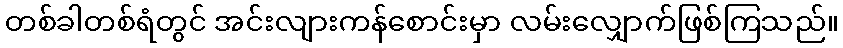
တစ်ခါတစ်ရံတွင် အင်းလျားကန်စောင်းမှာ လမ်းလျှောက်ဖြစ်ကြသည်။